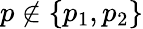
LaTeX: p\notin\left\{ p_{1},p_{2}\right\}